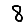
Digit: 8